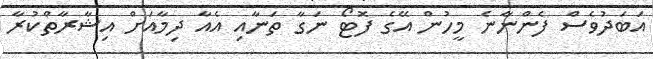
އަބަދުވެސް ފެންނާނެ މީހުން އޭގެ ފޮޓޯ ނަގާ ތަނާއި އެއާ ދިމާއަށް އިޝާާރާތްކުރާ